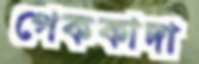
পেককাদা